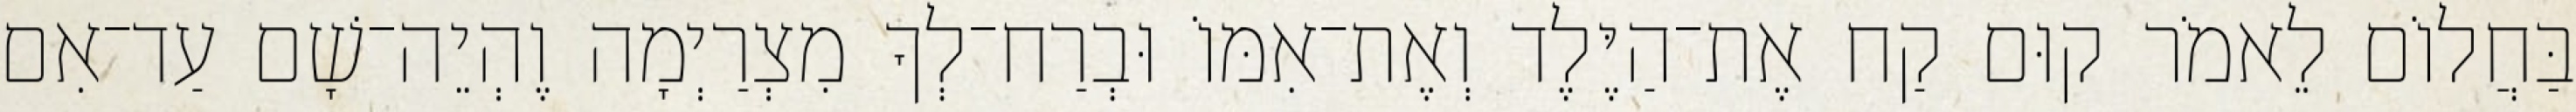
בַּחֲלוֹם לֵאמֹר קוּם קַח אֶת־הַיֶּלֶד וְאֶת־אִמּוֹ וּבְרַח־לְךָ מִצְרַיְמָה וֶהְיֵה־שָׁם עַד־אִם